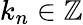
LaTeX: k_{n}\in\mathbb{Z}